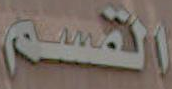
القسم